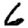
Digit: 6